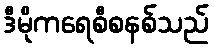
ဒီမိုကရေစီစနစ်သည်